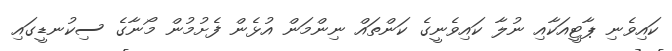
ކައިވެނި ޕާޓީއަކާއި ނުލާ ކައިވެނީގެ ކަންތައް ނިންމަން އުޅެން ފެށުމުން މޯނާގެ ސިކުނޑީގައި